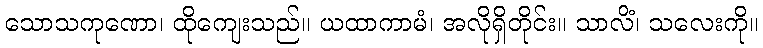
သောသကုဏော၊ ထိုကျေးသည်။ ယထာကာမံ၊ အလိုရှိတိုင်း။ သာလိံ၊ သလေးကို။